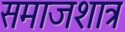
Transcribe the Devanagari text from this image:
समाजशात्र